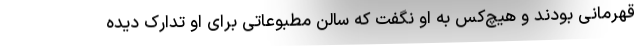
قهرمانی بودند و هیچ‌کس به او نگفت که سالن مطبوعاتی برای او تدارک دیده